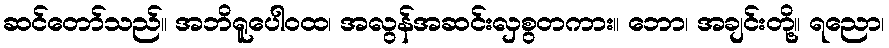
ဆင်တော်သည်။ အဘိရူပေါဝထ၊ အလွန်အဆင်းလှစွတကား။ ဘော၊ အချင်းတို့။ ရညော၊